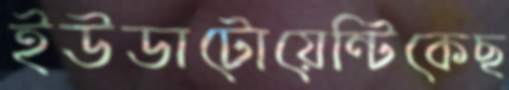
ইউডাটোয়েন্টিকেছ